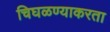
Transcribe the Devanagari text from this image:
चिघळण्याकरता